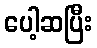
ပေါ့ဆပြီး